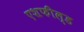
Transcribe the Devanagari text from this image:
एशफील्ड